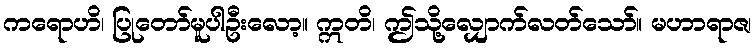
ကရောဟိ၊ ပြုတော်မူပါဦးလော့။ ဣတိ၊ ဤသို့လျှောက်လတ်သော်။ မဟာရာဇ၊